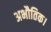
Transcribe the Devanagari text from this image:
अभौतिक।